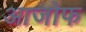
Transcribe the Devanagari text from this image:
आजोफ